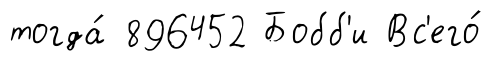
тогда́ 896452 Бобб'и Вс'его́